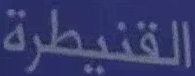
القنيطرة